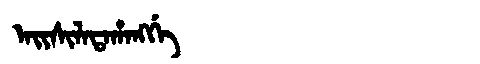
Manchu: ᠠᡳᠰᡳᠯᠠᡨᠠᡥᠠᠩᡤᡝ
Romanization: AISILATAHANGGE